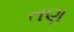
તણ